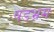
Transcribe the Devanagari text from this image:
षडभ्रम